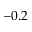
- 0 . 2